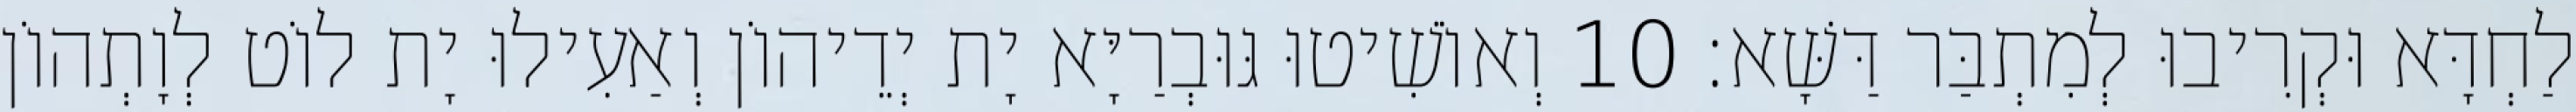
לַחְדָּא וּקְרִיבוּ לְמִתְבַּר דַּשָּׁא׃ 10 וְאוֹשִׁיטוּ גּוּבְרַיָּא יָת יְדֵיהוֹן וְאַעִילוּ יָת לוֹט לְוָתְהוֹן